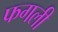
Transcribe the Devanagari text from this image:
फगली